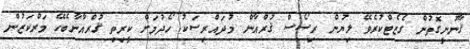
ޤާނޫނީގޮތުން ގެޒެޓްކުރެވޭ ލިޔުން ރިސޯސް ޤުރްއާން މުދައްރިސަކު ހޯދުމަށް ކީރިތި ޤުރްއާނާބެހޭ މަރްކަޒުން